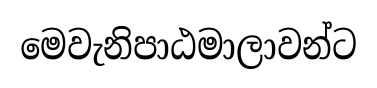
මෙවැනිපාඨමාලාවන්ට